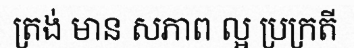
ត្រង់ មាន សភាព ល្អ ប្រក្រតី